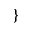
\}